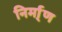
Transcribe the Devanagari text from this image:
निर्मा्ण